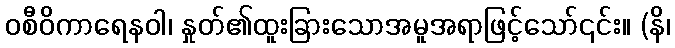
ဝစီဝိကာရေနဝါ၊ နှုတ်၏ထူးခြားသောအမူအရာဖြင့်သော်၎င်း။ (နိ၊